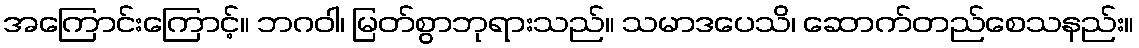
အကြောင်းကြောင့်။ ဘဂဝါ၊ မြတ်စွာဘုရားသည်။ သမာဒပေသိ၊ ဆောက်တည်စေသနည်း။